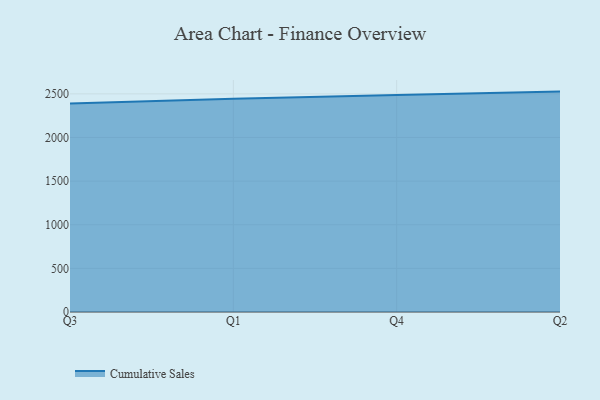
{"axis": {"x": "Quarter", "y": "Humidity (%)"}, "legend": ["Cumulative Sales"], "data": [{"x": "Q3", "y": 2390.2, "type": "Cumulative Sales"}, {"x": "Q1", "y": 2444.5, "type": "Cumulative Sales"}, {"x": "Q4", "y": 2486.2, "type": "Cumulative Sales"}, {"x": "Q2", "y": 2525.8, "type": "Cumulative Sales"}]}